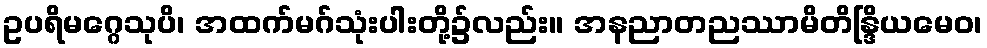
ဥပရိမဂ္ဂေသုပိ၊ အထက်မဂ်သုံးပါးတို့၌လည်း။ အနညာတညဿာမိတိန္ဒြိယမေဝ၊